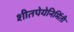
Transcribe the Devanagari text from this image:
शीतपेयेनिर्मिती